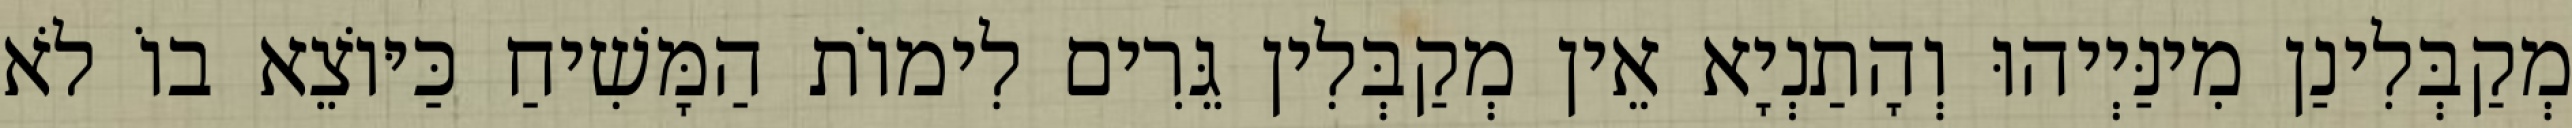
מְקַבְּלִינַן מִינַּיְיהוּ וְהָתַנְיָא אֵין מְקַבְּלִין גֵּרִים לִימוֹת הַמָּשִׁיחַ כַּיּוֹצֵא בוֹ לֹא